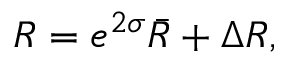
R = e ^ { 2 \sigma } \bar { R } + \Delta R ,